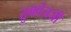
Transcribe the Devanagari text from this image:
तुकोजजी